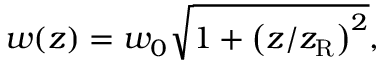
w ( z ) = w _ { 0 } \sqrt { 1 + \left( z / z _ { \mathrm { R } } \right) ^ { 2 } } ,